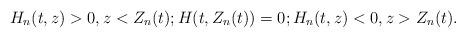
LaTeX: \begin{align*}H_n(t,z)>0,z<Z_n(t);H(t,Z_n(t))=0;H_n(t,z)<0,z>Z_n(t).\end{align*}